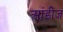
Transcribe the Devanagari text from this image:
आंडीज